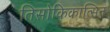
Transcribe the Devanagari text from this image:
तिसोकिकात्सिन